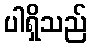
ပါရှိသည်